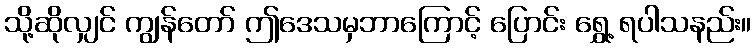
သို့ဆိုလျှင် ကျွန်တော် ဤဒေသမှဘာကြောင့် ပြောင်း ရွှေ့ ရပါသနည်း။